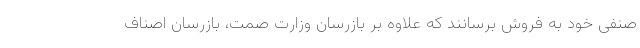
صنفی خود به فروش برسانند که علاوه بر بازرسان وزارت صمت، بازرسان اصناف